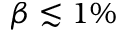
\beta \lesssim 1 \%